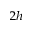
_ { 2 h }